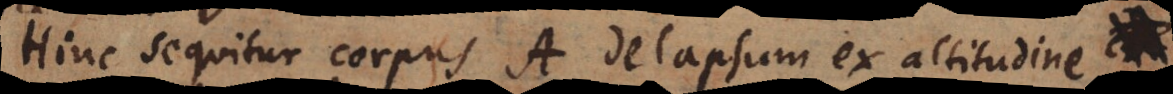
Hinc sequitur, corpus A delapsum ex altitudine